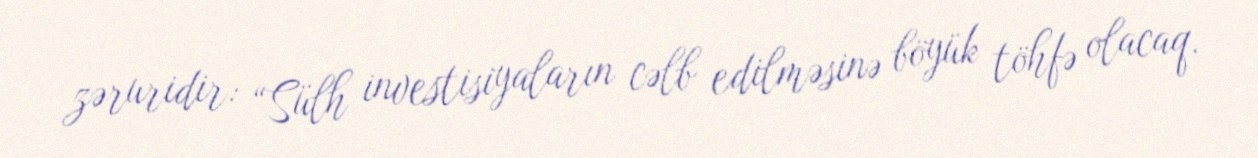
zəruridir: “Sülh investisiyaların cəlb edilməsinə böyük töhfə olacaq.